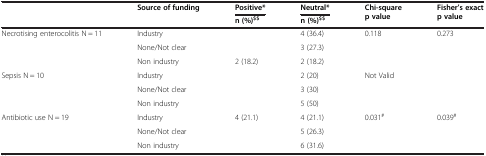
<table><thead><tr><td rowspan="2"><b> </b></td><td rowspan="2"><b>Source of funding</b></td><td><b>Positive*</b></td><td><b>Neutral*</b></td><td rowspan="2"><b>Chi-square p value</b></td><td rowspan="2"><b>Fisher’s exact p value</b></td></tr><tr><td><b>n (%)<sup>$$</sup></b></td><td><b>n (%)<sup>$$</sup></b></td></tr></thead><tbody><tr><td>Necrotising enterocolitis N = 11</td><td>Industry</td><td> </td><td>4 (36.4)</td><td>0.118</td><td>0.273</td></tr><tr><td> </td><td>None/Not clear</td><td> </td><td>3 (27.3)</td><td> </td><td> </td></tr><tr><td> </td><td>Non industry</td><td>2 (18.2)</td><td>2 (18.2)</td><td> </td><td> </td></tr><tr><td>Sepsis N = 10</td><td>Industry</td><td> </td><td>2 (20)</td><td>Not Valid</td><td> </td></tr><tr><td> </td><td>None/Not clear</td><td> </td><td>3 (30)</td><td> </td><td> </td></tr><tr><td> </td><td>Non industry</td><td> </td><td>5 (50)</td><td> </td><td> </td></tr><tr><td>Antibiotic use N = 19</td><td>Industry</td><td>4 (21.1)</td><td>4 (21.1)</td><td>0.031<sup>#</sup></td><td>0.039<sup>#</sup></td></tr><tr><td> </td><td>None/Not clear</td><td> </td><td>5 (26.3)</td><td> </td><td> </td></tr><tr><td> </td><td>Non industry</td><td> </td><td>6 (31.6)</td><td> </td><td> </td></tr></tbody></table>